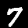
Label: 7